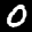
Label: 0